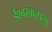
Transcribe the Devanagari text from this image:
ईश्वरकल्पना